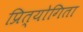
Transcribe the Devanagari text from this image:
प्रित्योगिता